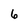
Character: 6